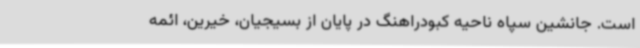
است. جانشین سپاه ناحیه کبودراهنگ در پایان از بسیجیان، خیرین، ائمه